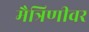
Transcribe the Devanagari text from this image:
मैत्रिणीवर